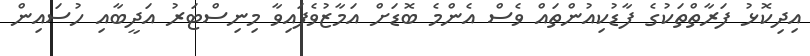
އިދިކޮޅު ފަރާތްތަކުގެ ފާޑުކިއުންތައް ވެސް އެންމެ ބޮޑަށް އަމާޒުވެފައިވާ މިނިސްޓަރު އަދީބާއި ހުސައިން